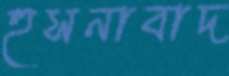
হুসনাবাদ